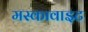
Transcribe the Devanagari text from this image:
मस्कावाइट